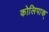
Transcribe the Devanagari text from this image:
कोलिपाक्